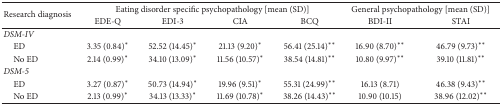
<table><thead><tr><td rowspan="2"><b>Research diagnosis</b></td><td colspan="4"><b>Eating disorder specific psychopathology [mean (SD)]</b></td><td colspan="2"><b>General psychopathology [mean (SD)]</b></td></tr><tr><td><b>EDE-Q</b></td><td><b>EDI-3</b></td><td><b>CIA</b></td><td><b>BCQ</b></td><td><b>BDI-II</b></td><td><b>STAI</b></td></tr></thead><tbody><tr><td><i>DSM-IV </i></td><td> </td><td> </td><td> </td><td> </td><td> </td><td> </td></tr><tr><td> ED</td><td>3.35 (0.84)∗</td><td>52.52 (14.45)∗</td><td>21.13 (9.20)∗</td><td>56.41 (25.14)∗∗</td><td>16.90 (8.70)∗∗</td><td>46.79 (9.73)∗∗</td></tr><tr><td> No ED</td><td>2.14 (0.99)∗</td><td>34.10 (13.09)∗</td><td>11.56 (10.57)∗</td><td>38.54 (14.81)∗∗</td><td>10.80 (9.97)∗∗</td><td>39.10 (11.81)∗∗</td></tr><tr><td><i>DSM-5 </i></td><td> </td><td> </td><td> </td><td> </td><td> </td><td> </td></tr><tr><td> ED</td><td>3.27 (0.87)∗</td><td>50.73 (14.94)∗</td><td>19.96 (9.51)∗</td><td>55.31 (24.99)∗∗</td><td>16.13 (8.71)</td><td>46.38 (9.43)∗∗</td></tr><tr><td> No ED</td><td>2.13 (0.99)∗</td><td>34.13 (13.33)∗</td><td>11.69 (10.78)∗</td><td>38.26 (14.43)∗∗</td><td>10.90 (10.15)</td><td>38.96 (12.02)∗∗</td></tr></tbody></table>